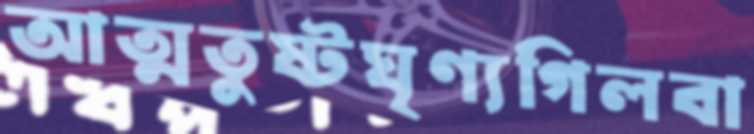
আত্মতুষ্টঘৃণ্যগিলবা